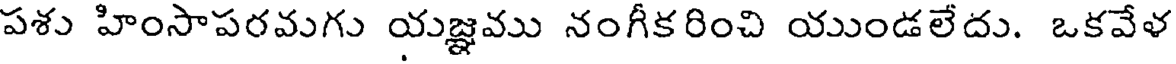
పశు హింసాపరవుగు యజ్ఞవు నంగీకరించి యుండలేదు. ఒకవేళ